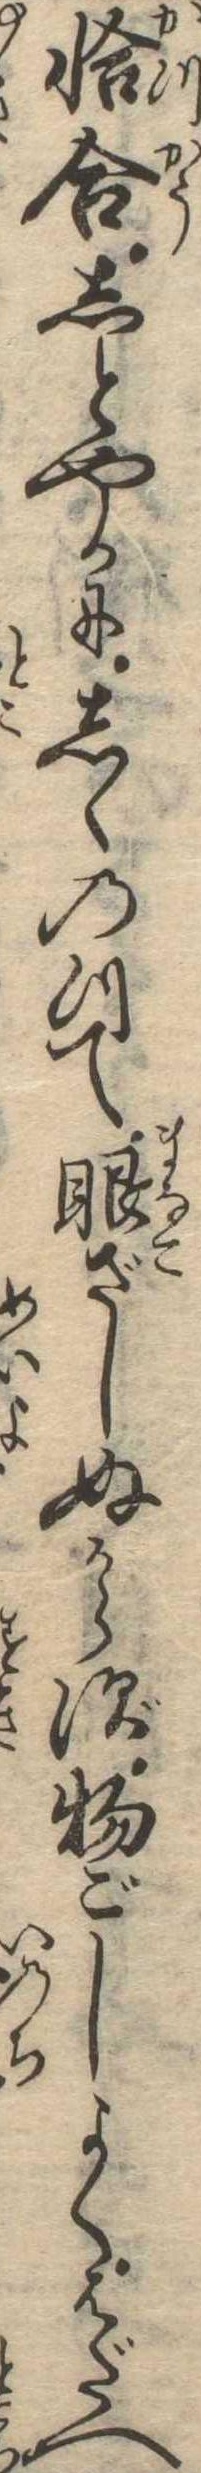
恰合しとやかにしゝのつて眼ざしぬからず物ごしよくはだへ